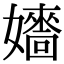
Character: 𡣰